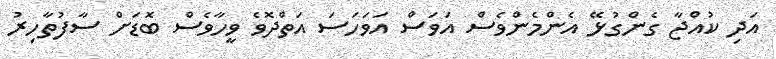
އަދި ކުއްޖާ ގެންގުޅޭ އެންމެންވެސް އަވަސް އަވަހަސަ އަތްދޮވެ ވީހާވެސް ބޮޑަށް ސާފުތާހިރު